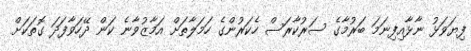
ފިޔަވަޅު ނާޅާއިފިނަމަ ބަރުމާގެ ސަރުކާރަސް ހެކަރުންގެ ހަމަލާތަށް އަމާޒުވާނެ ކަން ދޭހަވާފަދަ ގޮތަކަށް